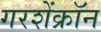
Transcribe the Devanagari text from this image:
गरशेंक्रॉन